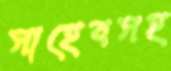
সাহেবসহ